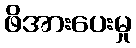
ဖိအားပေးမှု